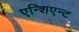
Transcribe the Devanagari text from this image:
एन्शिएन्ट